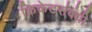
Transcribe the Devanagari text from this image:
क्रिकेटसंबंधी